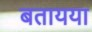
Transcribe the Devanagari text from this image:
बतायया